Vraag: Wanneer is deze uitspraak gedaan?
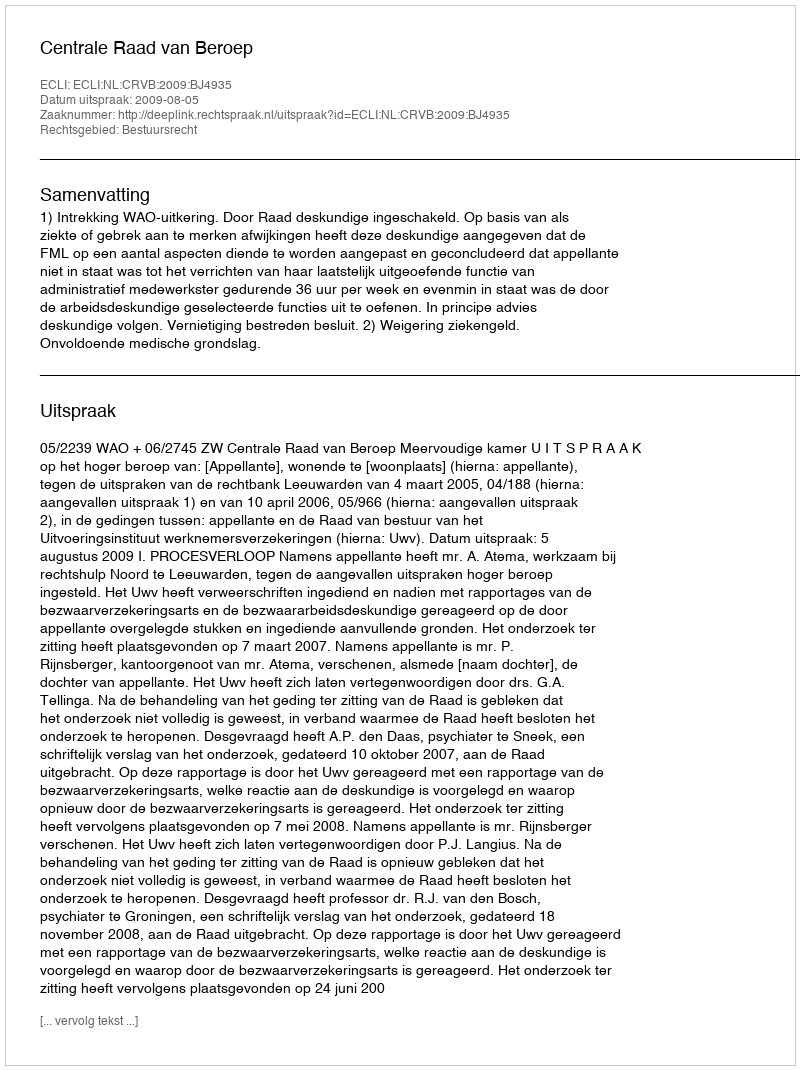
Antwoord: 2009-08-05